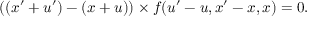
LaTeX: \displaystyle ( ( x ^ { \prime } + u ^ { \prime } ) - ( x + u ) ) \times f ( u ^ { \prime } - u , x ^ { \prime } - x , x ) = 0 .